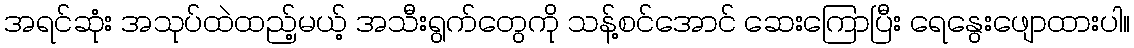
အရင်ဆုံး အသုပ်ထဲထည့်မယ့် အသီးရွက်တွေကို သန့်စင်အောင် ဆေးကြောပြီး ရေနွေးဖျောထားပါ။